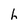
Character: h